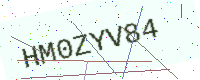
Text: HM0ZYV84